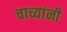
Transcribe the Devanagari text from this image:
चाच्यांनी